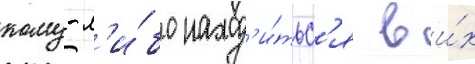
кому-л'и́бо наход'и́тьс'я в и́х